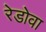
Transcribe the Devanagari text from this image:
रेडोवा